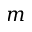
m